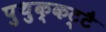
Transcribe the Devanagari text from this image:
पुथुक्कट्टै